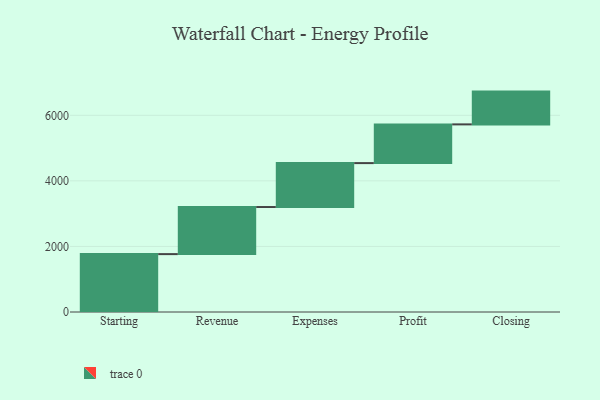
{"axis": {"x": "Step", "y": "Value"}, "legend": [""], "data": [{"x": "Starting", "y": 1766.0, "type": ""}, {"x": "Revenue", "y": 1436.0, "type": ""}, {"x": "Expenses", "y": 1340.0, "type": ""}, {"x": "Profit", "y": 1181.0, "type": ""}, {"x": "Closing", "y": 1000, "type": ""}]}